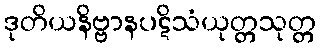
ဒုတိယနိဗ္ဗာနပဋိသံယုတ္တသုတ္တ